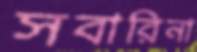
সবারিনা